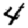
Digit: 4